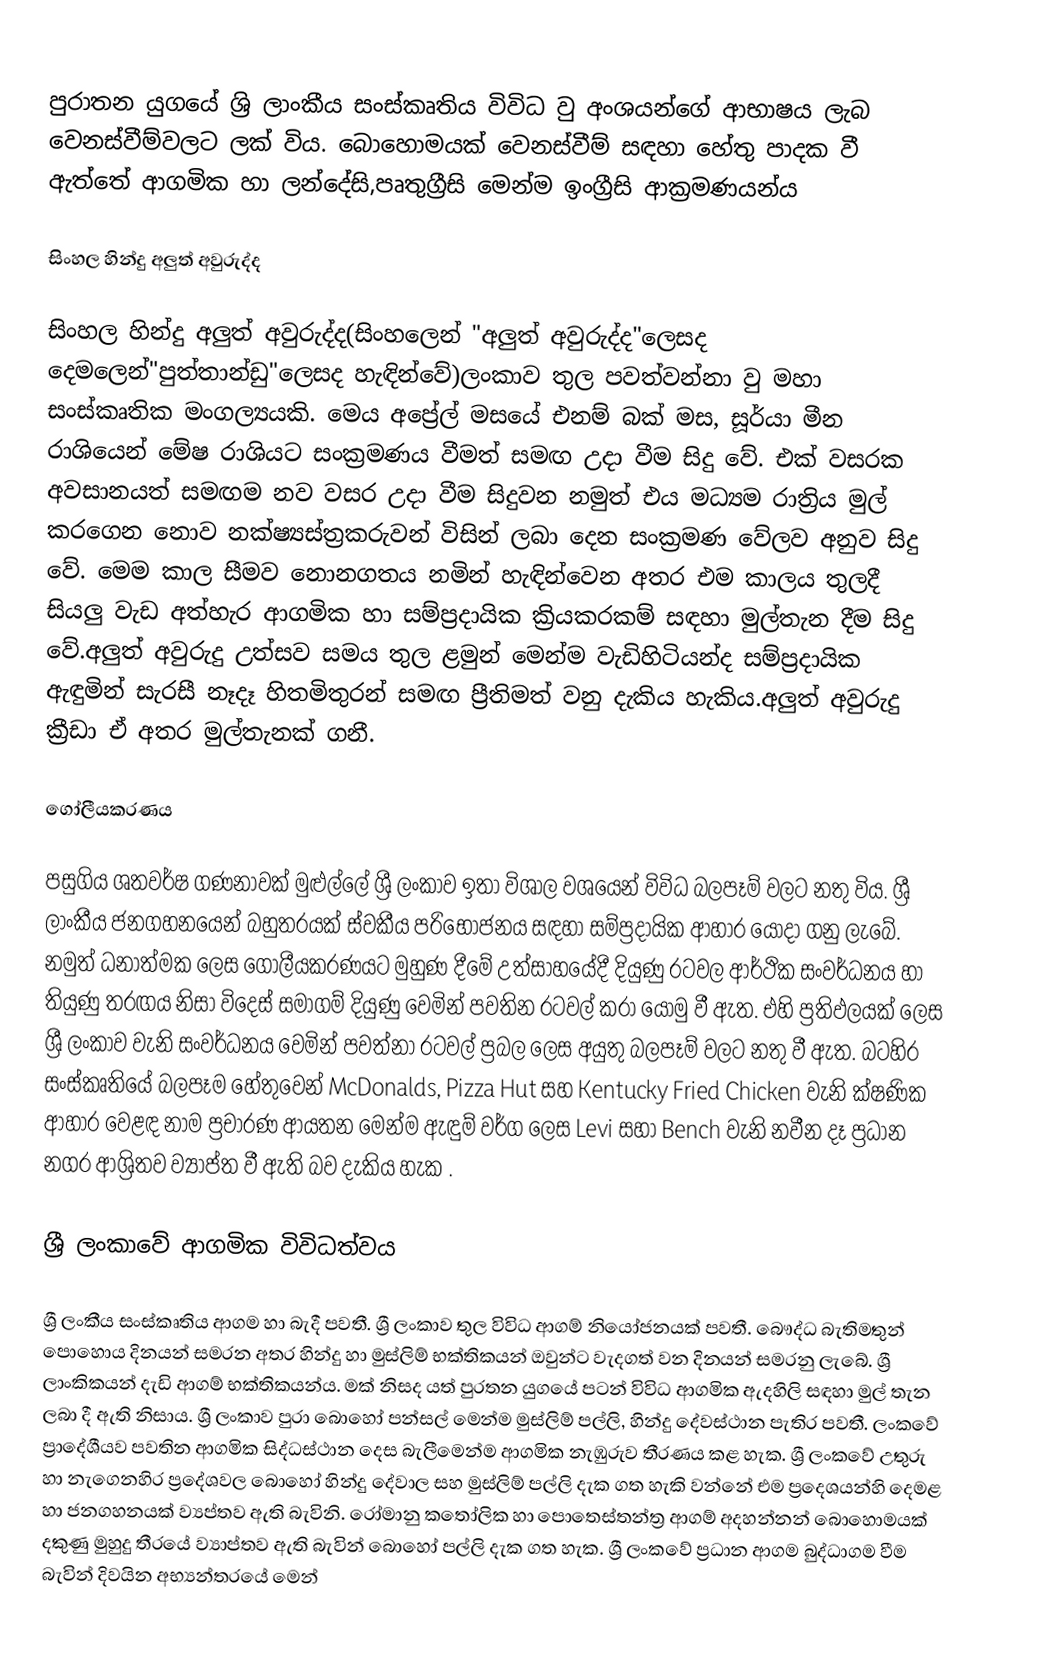
පුරාතන යුගයේ ශ්‍රි ලාංකීය සංස්කෘතිය විවිධ වු අංශයන්ගේ ආභාෂය ලැබ වෙනස්වීම්වලට ලක් විය. බොහොමයක් වෙනස්වීම් සඳහා හේතු පාදක වී ඇත්තේ ආගමික හා ලන්දේසි,පෘතුග්‍රීසි මෙන්ම ඉංග්‍රීසි ආක්‍රමණයන්ය

සිංහල හින්දු අලුත් අවුරුද්ද

සිංහල හින්දු අලුත් අවුරුද්ද(සිංහලෙන් "අලුත් අවුරුද්ද"ලෙසද දෙමලෙන්"පුත්තාන්ඩු"ලෙසද හැඳින්වේ)ලංකාව තුල පවත්වන්නා වු මහා සංස්කෘතික මංගල්‍යයකි. මෙය අප්‍රේල් මසයේ එනම් බක් මස, සූර්යා මීන රාශියෙන් මේෂ රාශියට සංක්‍රමණය වීමත් සමඟ උදා වීම සිදු වේ. එක් වසරක අවසානයත් සමඟම නව වසර උදා වීම සිදුවන නමුත් එය මධ්‍යම රාත්‍රිය මුල් කරගෙන නොව නක්ෂ්‍යස්ත්‍රකරුවන් විසින් ලබා දෙන සංක්‍රමණ වේලව අනුව සිදු වේ. මෙම කාල සීමව නොනගතය නමින් හැඳින්වෙන අතර එම කාලය තුලදී සියලු වැඩ අත්හැර ආගමික හා සම්ප්‍රදායික ක්‍රියකරකම් සඳහා මුල්තැන දීම සිදු වේ.අලුත් අවුරුදු උත්සව සමය තුල ළමුන් මෙන්ම වැඩිහිටියන්ද සම්ප්‍රදායික ඇඳුමින් සැරසී නෑදෑ හිතමිතුරන් සමඟ ප්‍රීතිමත් වනු දැකිය හැකිය.අලුත් අවුරුදු ක්‍රීඩා ඒ අතර මුල්තැනක් ගනී.

ගෝලීයකරණය

 පසුගිය ශතවර්ෂ ගණනාවක් මුළුල්ලේ ශ්‍රී ලංකාව ඉතා විශාල වශයෙන් විවිධ බලපෑම් වලට නතු විය. ශ්‍රී ලාංකීය ජනගහනයෙන් බහුතරයක් ස්වකීය පරිභෝජනය සඳහා සම්ප්‍රදායික ආහාර යොදා ගනු ලැබේ. නමුත් ධනාත්මක ලෙස ගෝලීයකරණයට මුහුණ දීමේ උත්සාහයේදී දියුණු රටවල ආර්ථික සංවර්ධනය හා තියුණු තරඟය නිසා විදෙස් සමාගම් දියුණු වෙමින් පවතින රටවල් කරා යොමු වී ඇත. එහි ප්‍රතිඵලයක් ලෙස ශ්‍රී ලංකාව වැනි සංවර්ධනය වෙමින් පවත්නා රටවල් ප්‍රබල ලෙස අයුතු බලපෑම් වලට නතු වී ඇත. බටහිර සංස්කෘතියේ බලපෑම හේතුවෙන් McDonalds, Pizza Hut  සහ Kentucky Fried Chicken වැනි ක්ෂණික ආහාර වෙළඳ නාම ප්‍රචාරණ ආයතන මෙන්ම ඇඳුම් වර්ග ලෙස Levi සහා Bench වැනි නවීන දෑ ප්‍රධාන නගර ආශ්‍රිතව ව්‍යාප්ත වී ඇති බව දැකිය හැක .

ශ්‍රී ලංකාවේ ආගමික විවිධත්වය

ශ්‍රී ලංකීය සංස්කෘතිය ආගම හා බැදී පවතී. ශ්‍රී ලංකාව තුල විවිධ ආගම් නියෝජනයක් පවතී. බෞද්ධ බැතිමතුන් පොහොය දිනයන් සමරන අතර හින්දු හා මුස්ලිම් භක්තිකයන් ඔවුන්ට වැදගත් වන දිනයන් සමරනු ලැබේ. ශ්‍රී ලාංකිකයන් දැඩි ආගම් භක්තිකයන්ය. මක් නිසද යත් පුරතන යුගයේ පටන් විවිධ ආගමික ඇදහිලි සඳහා මුල් තැන ලබා දී ඇති නිසාය. ශ්‍රී ලංකාව පුරා බොහෝ පන්සල් මෙන්ම මුස්ලිම් පල්ලි, හින්දු දේවස්ථාන පැතිර පවතී. ලංකවේ ප්‍රාදේශීයව පවතින ආගමික සිද්ධස්ථාන දෙස බැලීමෙන්ම ආගමික නැඹුරුව තීරණය කළ හැක. ශ්‍රී ලංකවේ උතුරු හා නැගෙනහිර ප්‍රදේශවල බොහෝ හින්දු දේවාල සහ මුස්ලිම් පල්ලි දැක ගත හැකි වන්නේ එම ප්‍රදෙශයන්හි දෙමළ හා  ජනගහනයක් ව්‍යප්තව ඇති බැවිනි. රෝමානු කතෝලික හා පොතෙස්තන්ත්‍ර ආගම් අදහන්නන් බොහොමයක් දකුණු මුහුදු තීරයේ ව්‍යාප්තව ඇති බැවින් බොහෝ පල්ලි දැක ගත හැක. ශ්‍රී ලංකවේ ප්‍රධාන ආගම බුද්ධාගම වීම බැවින් දිවයින අභ්‍යන්තරයේ මෙන්